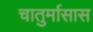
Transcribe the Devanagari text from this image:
चातुर्मासास